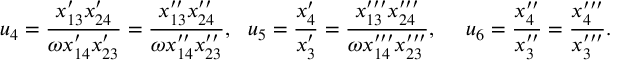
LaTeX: u _ { 4 } = \frac { x _ { 1 3 } ^ { \prime } x _ { 2 4 } ^ { \prime } } { \omega x _ { 1 4 } ^ { \prime } x _ { 2 3 } ^ { \prime } } = \frac { x _ { 1 3 } ^ { \prime \prime } x _ { 2 4 } ^ { \prime \prime } } { \omega x _ { 1 4 } ^ { \prime \prime } x _ { 2 3 } ^ { \prime \prime } } , ~ ~ u _ { 5 } = \frac { x _ { 4 } ^ { \prime } } { x _ { 3 } ^ { \prime } } = \frac { x _ { 1 3 } ^ { \prime \prime \prime } x _ { 2 4 } ^ { \prime \prime \prime } } { \omega x _ { 1 4 } ^ { \prime \prime \prime } x _ { 2 3 } ^ { \prime \prime \prime } } , ~ ~ ~ ~ u _ { 6 } = \frac { x _ { 4 } ^ { \prime \prime } } { x _ { 3 } ^ { \prime \prime } } = \frac { x _ { 4 } ^ { \prime \prime \prime } } { x _ { 3 } ^ { \prime \prime \prime } } . ~